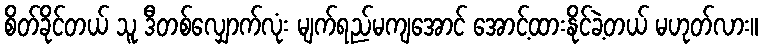
စိတ်ခိုင်တယ် သူ ဒီတစ်လျှောက်လုံး မျက်ရည်မကျအောင် အောင့်ထားနိုင်ခဲ့တယ် မဟုတ်လား။